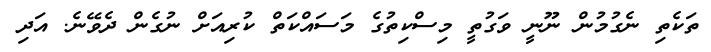
ތަކެތި ނެގުމުން ނޫނީ ވަގުތީ މިސްކިތުގެ މަސައްކަތް ކުރިއަށް ނުގެން ދެވޭނެ. އަދި